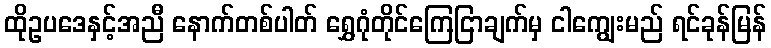
ထိုဥပဒေနှင့်အညီ နောက်တစ်ပါတ် ရွှေဂုံတိုင်ကြေငြာချက်မှ ငါကျွေးမည် ရင်ခုန်မြန်